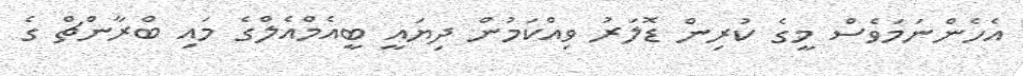
އެހެންނަމަވެސް މީގެ ކުރިން ޑޮލަރު ވިއްކަމުން ދިޔައީ ބީއެމްއެލްގެ މައި ބްރާންޗް ގެ